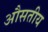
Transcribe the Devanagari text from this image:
औसतीय